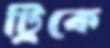
ট্রিকে